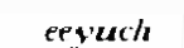
eeyuch